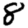
Digit: 8